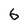
Character: 6